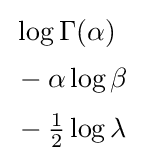
{\begin{aligned}&\log \Gamma {\left(\alpha \right)}\\[2pt]&-\alpha \log \beta \\[2pt]&-{\tfrac {1}{2}}\log \lambda \end{aligned}}